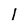
Character: 1